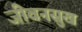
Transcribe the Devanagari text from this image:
जीवनसुख